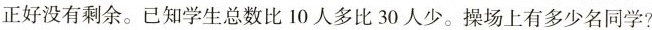
正好没有剩余。已知学生总数比10人多比30人少。操场上有多少名同学?